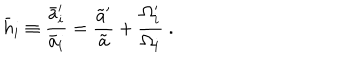
\bar { h } _ { i } \equiv { \frac { \bar { a } _ { i } ^ { \prime } } { \bar { a } _ { i } } } = { \frac { \tilde { a } ^ { \prime } } { \tilde { a } } } + { \frac { \Omega _ { i } ^ { \prime } } { \Omega _ { i } } } \ .